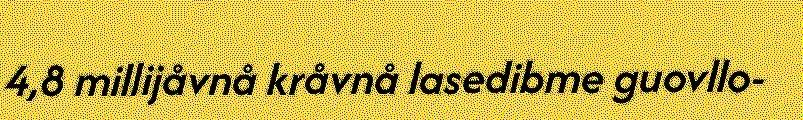
4,8 millijåvnå kråvnå lasedibme guovllo-